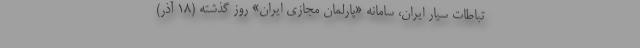
تباطات سیار ایران، سامانه «پارلمان مجازی ایران» روز گذشته (18 آذر)